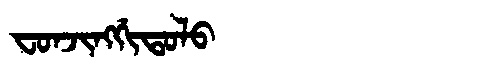
Manchu: ᠸᠣᠨᠵᡳᠩᡤᡳᡨᠣᠯᠣ
Romanization: FONJINGGITOLO